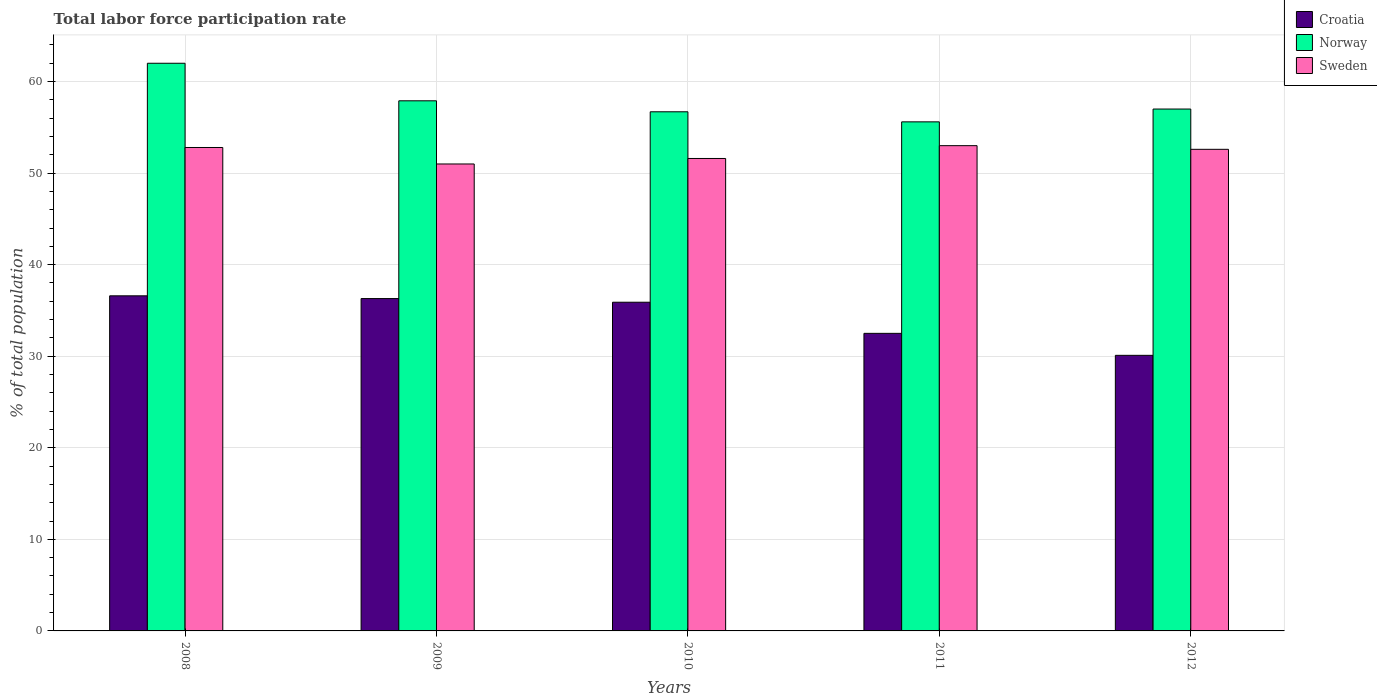
| Years | Croatia | Norway | Sweden |
 | --- | --- | --- | --- |
 | 2008 | 36.6 | 62 | 52.8 |
 | 2009 | 36.3 | 57.9 | 51 |
 | 2010 | 35.9 | 56.7 | 51.6 |
 | 2011 | 32.5 | 55.6 | 53 |
 | 2012 | 30.1 | 57 | 52.6 |